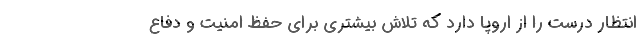
انتظار درست را از اروپا دارد که تلاش بیشتری برای حفظ امنیت و دفاع